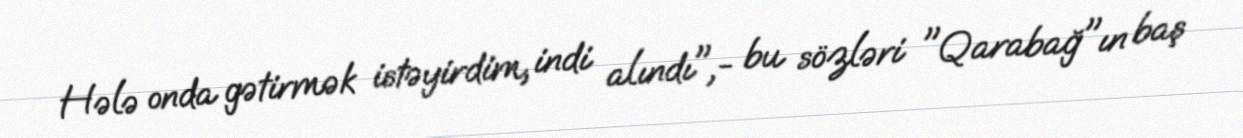
Hələ onda gətirmək istəyirdim, indi alındı",- bu sözləri "Qarabağ"ın baş